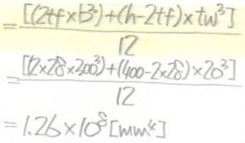
\[
\begin{align*}
&=\frac{[(2tfx\beta^3)+(h - 2tf)\times tw^3]}{12}\\
&=\frac{[(2\times28\times200^3)+(400 - 2\times28)\times20^3]}{12}\\
&=1.26\times10^8[mm^4]
\end{align*}
\]